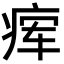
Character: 𬏫